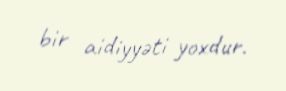
bir aidiyyəti yoxdur.